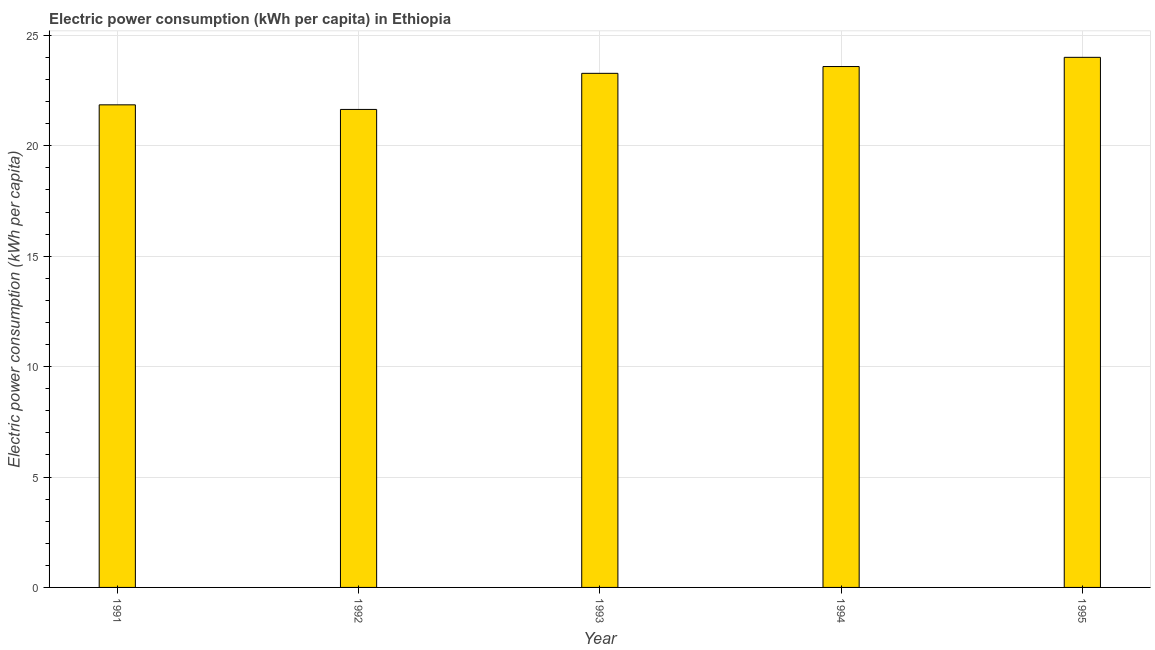
| Year | Electric power consumption |
 | --- | --- |
 | 1991 | 21.9 |
 | 1992 | 21.6 |
 | 1993 | 23.3 |
 | 1994 | 23.6 |
 | 1995 | 24 |